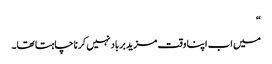
“
میں اب اپنا وقت مزید برباد نہیں کرنا چاہتا تھا۔